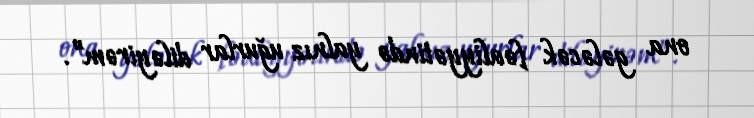
ona gələcək fəaliyyətində yalnız uğurlar diləyirəm”.